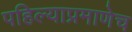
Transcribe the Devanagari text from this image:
पहिल्याप्रमाणेच